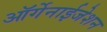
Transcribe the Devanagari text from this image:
ऑर्गेनाईजेशन